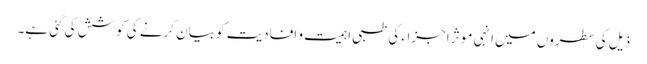
ذیل کی سطروں میں انہی مو ثر اجزاء کی طبی اہمیت و افادیت کو بیان کرنے کی کوشش کی گئی ہے۔